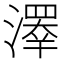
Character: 𤀎